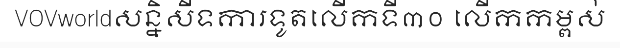
VOVworldសន្និសីទការទូតលើកទី៣០ លើកកម្ពស់